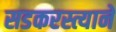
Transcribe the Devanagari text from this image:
सडकरस्त्याने